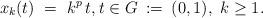
LaTeX: \begin{align*} x_k(t) \ = \ k^p\,t, t \in G \::=\:(0,1),\ k\geq 1.\end{align*}